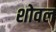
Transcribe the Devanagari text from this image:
शोवल